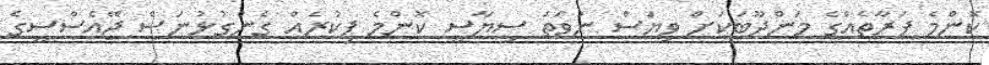
ކޮންމެ ފަރާތެއްގެ މަންދޫބަކަށް ވިޔަސް ނުވަތަ ސިޔާސީ ކޮންމެ ފިކުރެއް ގެންގުޅުނަސް ޖޭއެސްސީގެ